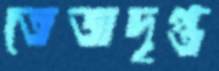
তেজদৃপ্ত